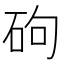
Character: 𪿕